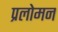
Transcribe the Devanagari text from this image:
प्रलोमन